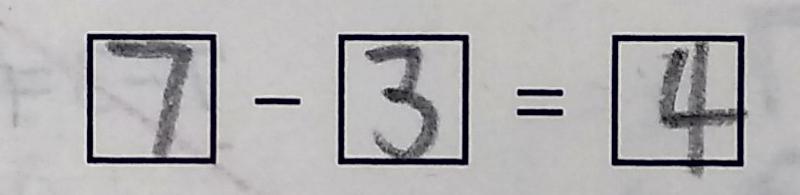
7 - 3 = 4